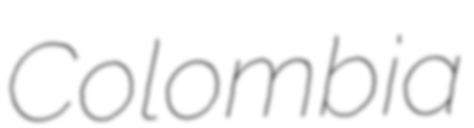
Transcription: Colombia